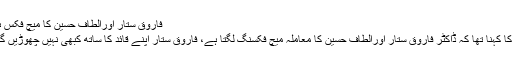
فاروق ستار اورالطاف حسین کا میچ فکس ہے
ان کا کہنا تھا کہ ڈاکٹر فاروق ستار اورالطاف حسین کا معاملہ میچ فکسنگ لگتا ہے، فاروق ستار اپنے قائد کا ساتھ کبھی نہیں چھوڑیں گے۔